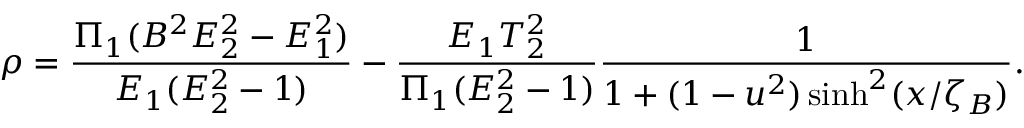
\rho = \frac { \Pi _ { 1 } ( B ^ { 2 } E _ { 2 } ^ { 2 } - E _ { 1 } ^ { 2 } ) } { E _ { 1 } ( E _ { 2 } ^ { 2 } - 1 ) } - \frac { E _ { 1 } T _ { 2 } ^ { 2 } } { \Pi _ { 1 } ( E _ { 2 } ^ { 2 } - 1 ) } \frac { 1 } { 1 + ( 1 - u ^ { 2 } ) \sinh ^ { 2 } ( x / \zeta _ { B } ) } .